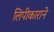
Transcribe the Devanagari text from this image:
लिपीकाराने